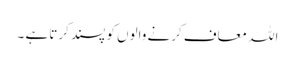
اللہ معاف کرنے والوں کو پسند کرتا ہے ۔